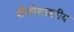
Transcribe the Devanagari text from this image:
शैलीशास्त्रीय